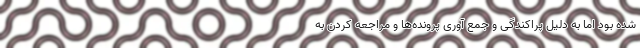
شده بود اما به دلیل پراکندگی و جمع آوری پرونده‌ها و مراجعه کردن به